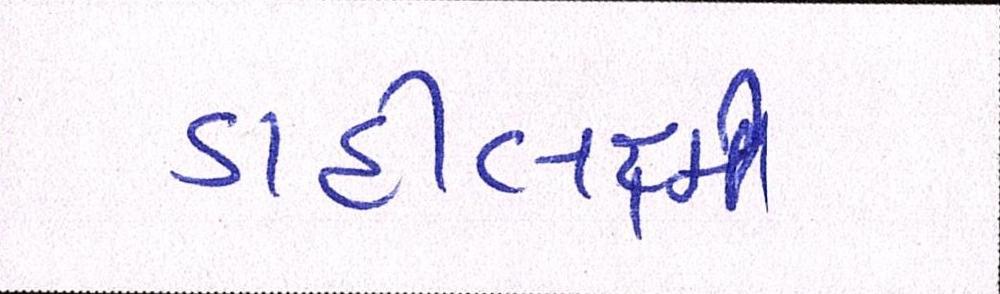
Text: ડાહીલક્ષ્મી